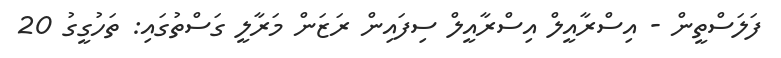
ފަލަސްތީން - އިސްރާއީލް އިސްރާއީލް ސިފައިން ރަޒަން މަރާލީ ގަސްތުގައި: ތަހުގީގު 20